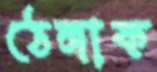
ঠেঙ্গাক